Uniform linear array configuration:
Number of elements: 32
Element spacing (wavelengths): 0.75
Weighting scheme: blackman
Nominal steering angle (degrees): -60
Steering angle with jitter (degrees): -58.643
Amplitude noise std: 0.05
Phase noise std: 0.05

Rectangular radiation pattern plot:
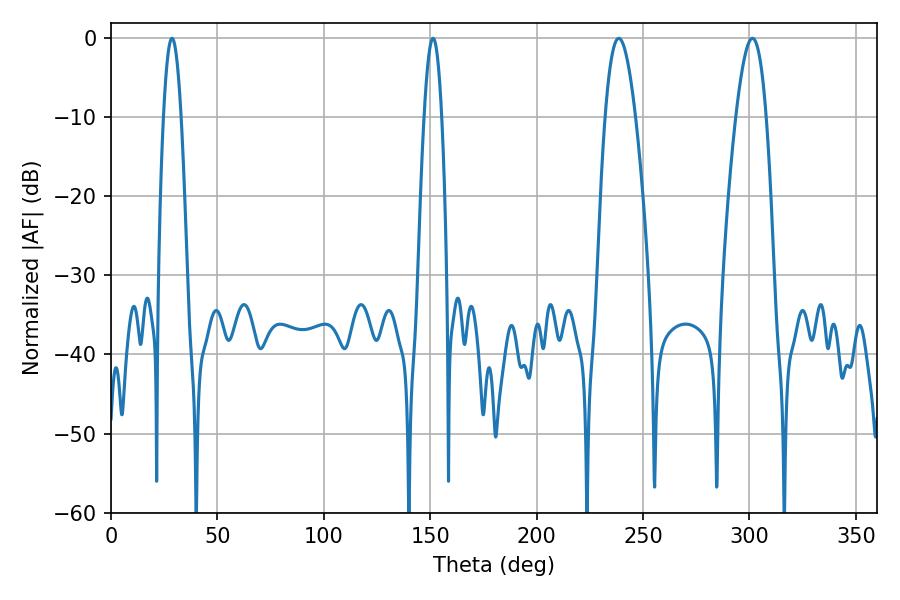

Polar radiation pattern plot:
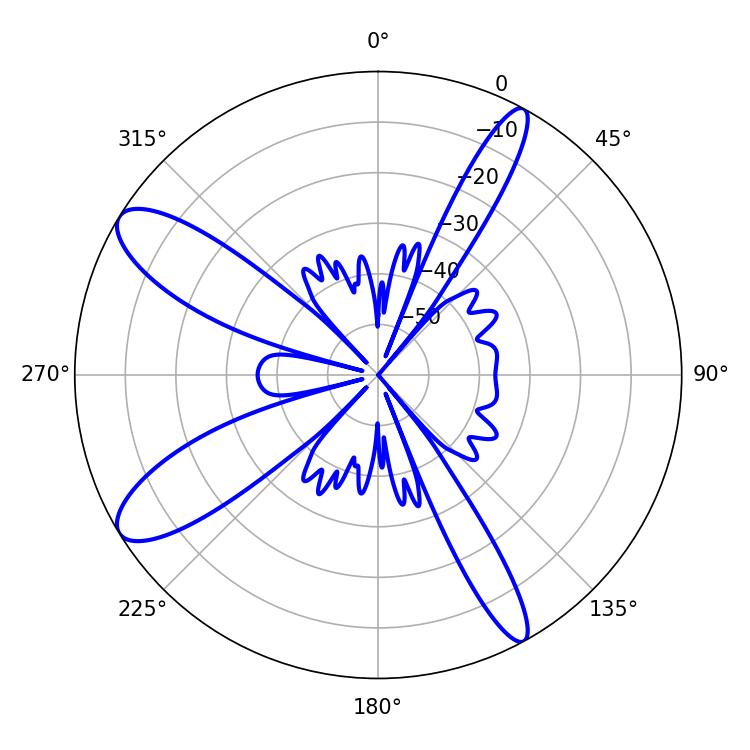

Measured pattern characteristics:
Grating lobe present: TRUE
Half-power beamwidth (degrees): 7.74
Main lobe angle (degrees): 238.68